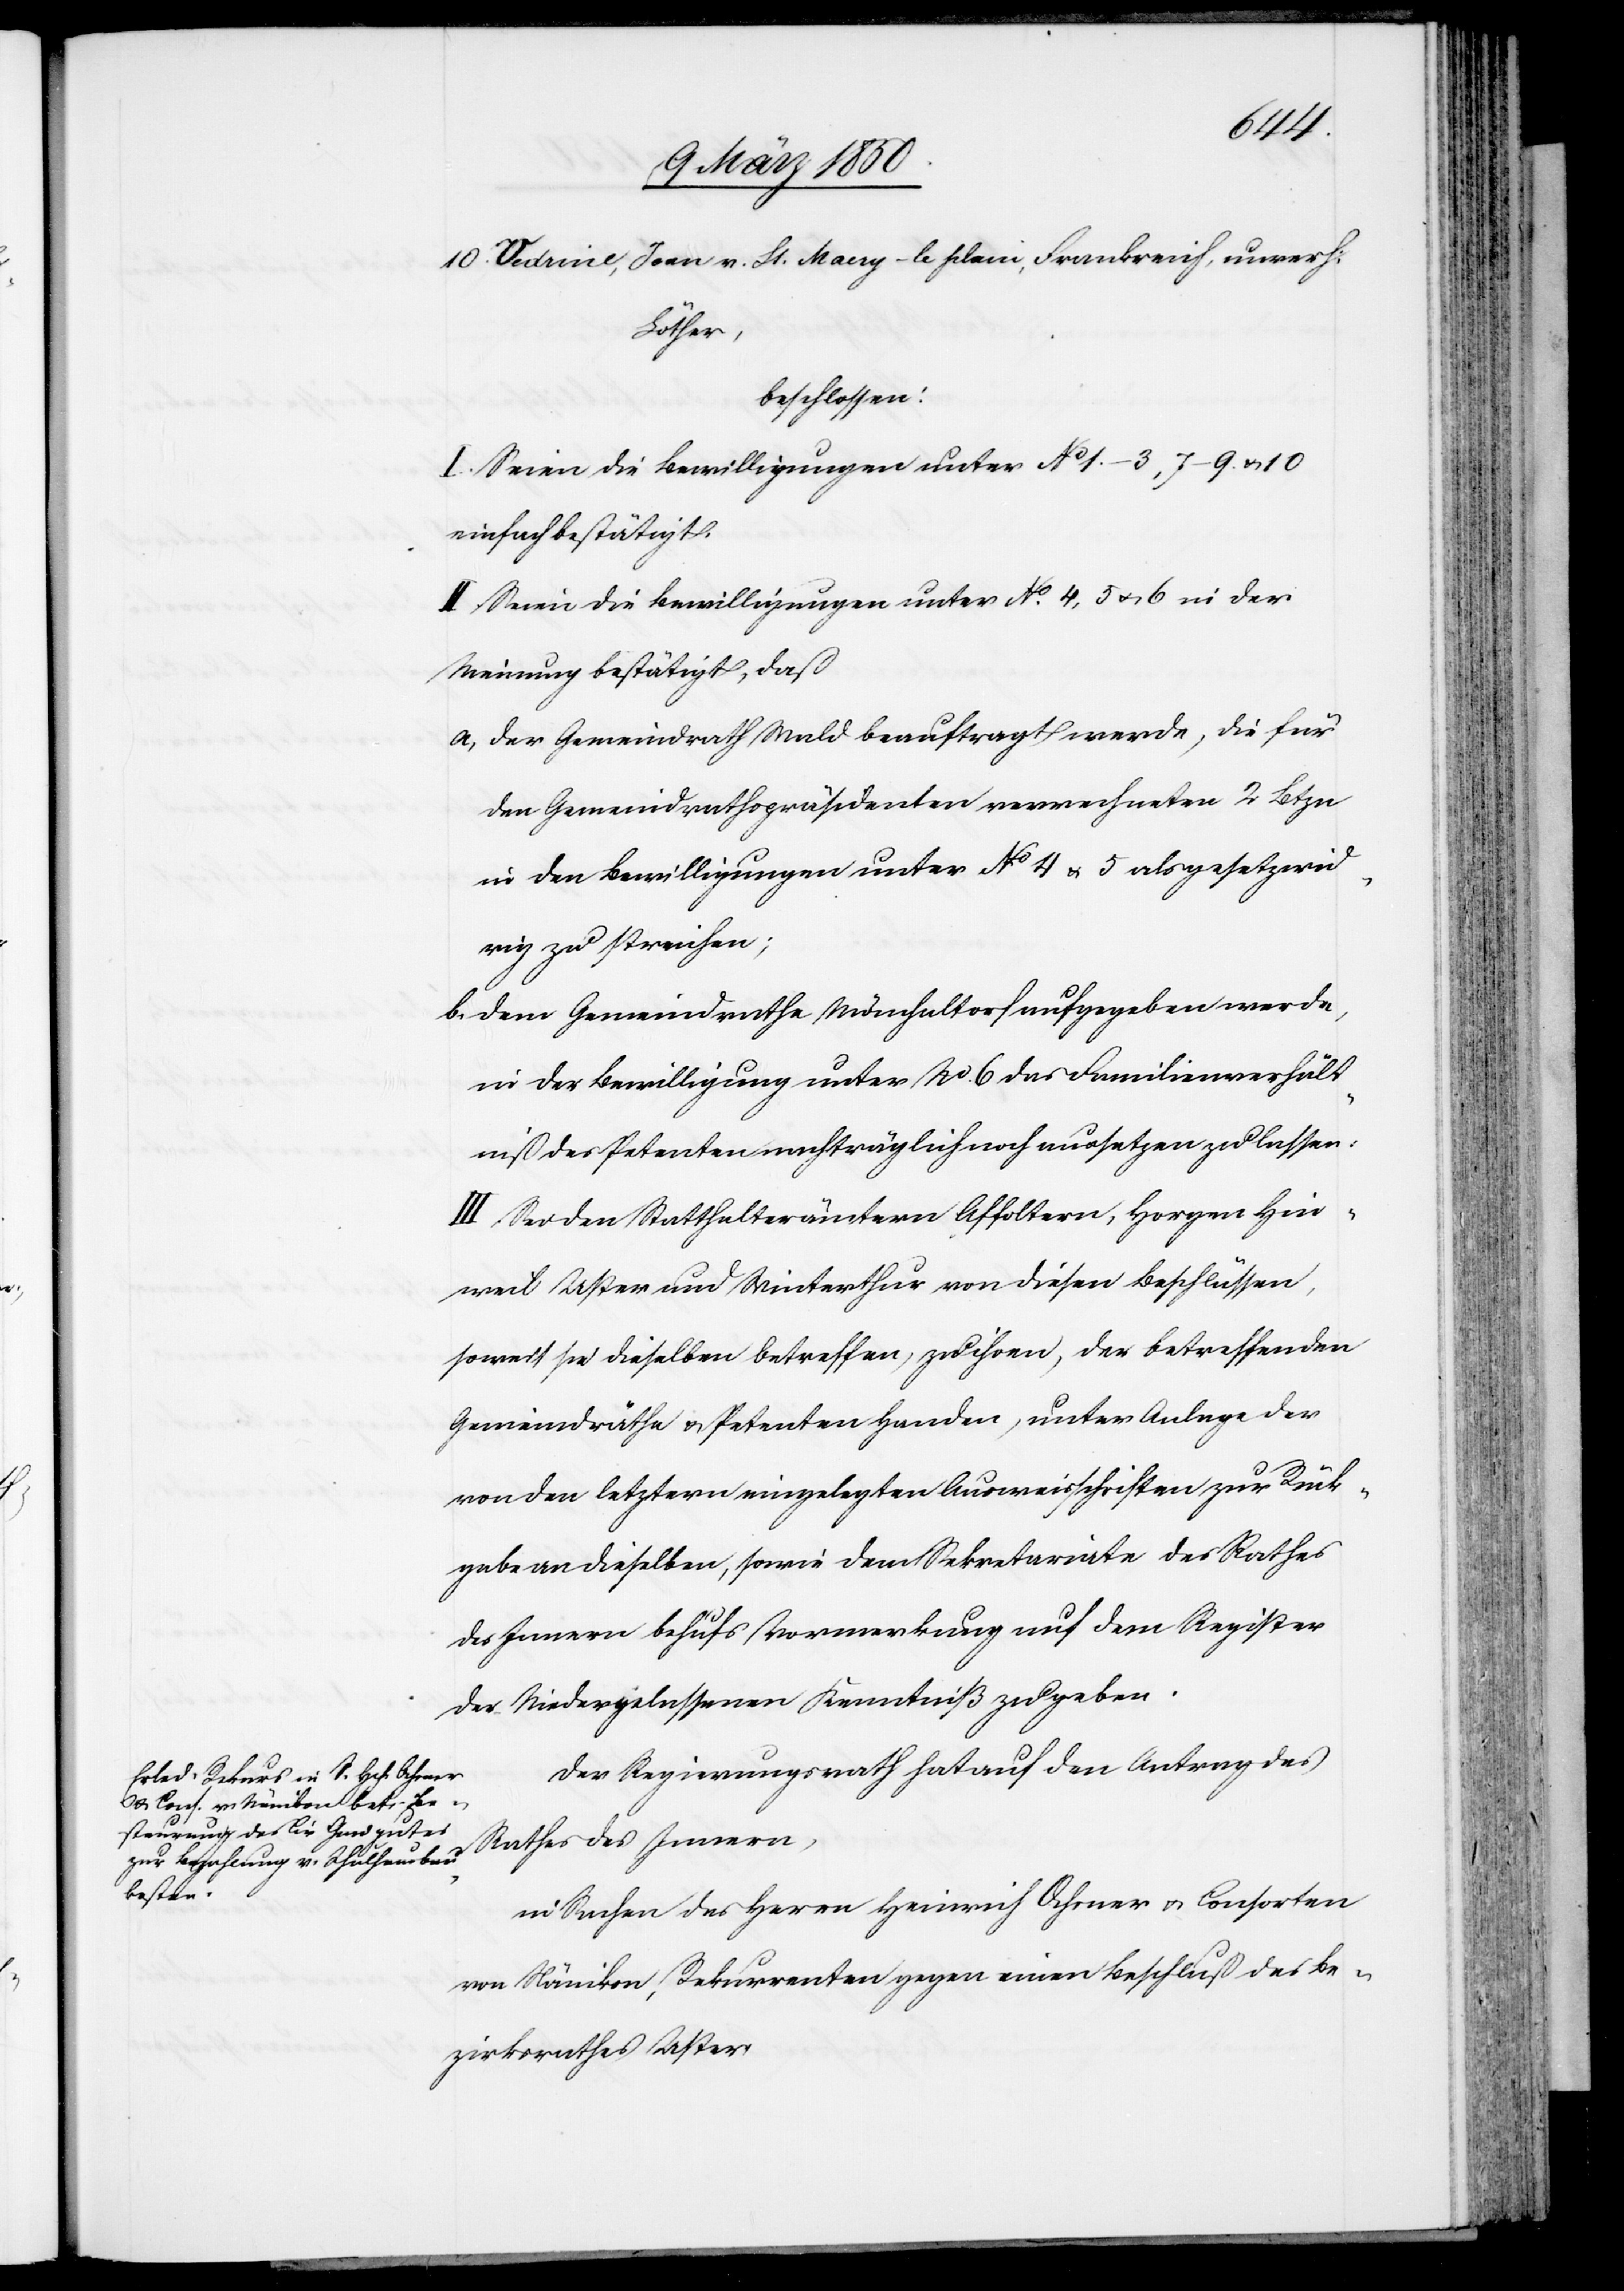
St.
Löther,
beschlossen:
I. Seien die Bewilligungen unter No 1.–3, 7–9. u. 10
einfach bestätigt.
II. Seien die Bewilligungen unter No 4, 5 u. 6 in der
Meinung bestätigt, daß
a, der Gemeindrath Wald beauftragt werde, die für
den Gemeindrathspräsidenten verrechneten 2 Btzn
in den Bewilligungen unter No 4 u. 5 als gesetzwid¬
rig zu streichen;
b. dem Gemeindrathe Mönchaltorf aufgegeben werde,
in der Bewilligung unter No 6 das Familienverhält¬
niß des Petenten nachträglich noch aussetzen zu lassen:
III. Sei den Statthalterämtern Affoltern, Horgen[,] Hin¬
weil[,] Uster und Winterthur von diesen Beschlüssen,
soweit sie dieselben betreffen, zu ihren, der betreffenden
Gemeindräthe u. Petenten Handen, unter Anlage der
von den letztern eingelegten Ausweisschriften zur Rück¬
gabe an dieselben, sowie dem Sekretariate des Rathes
des Innern behufs Vormerkung auf dem Register
der Niedergelassenen Kenntniß zu geben.
Der Regierungsrath hat auf den Antrag des
Rathes des Innern,
[recte:
in Sachen des Herrn Heinrich Ochsner u. Consorten
von Nänikon, Rekurrenten gegen einen Beschluß des Be¬
zirksrathes Uster